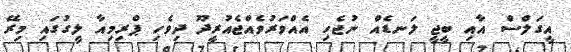
އީގަލްސް އާއި ބީޖީ ލަނޑެއް ނުޖެހި އެއްވަރުވެއްޖެއުރީދޫ ދިވެހި ޕްރިމިއާ ލީގުގައި މިރޭ